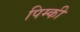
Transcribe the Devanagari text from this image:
पिम्की